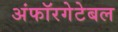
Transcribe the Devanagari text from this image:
अंफॉरगेटेबल